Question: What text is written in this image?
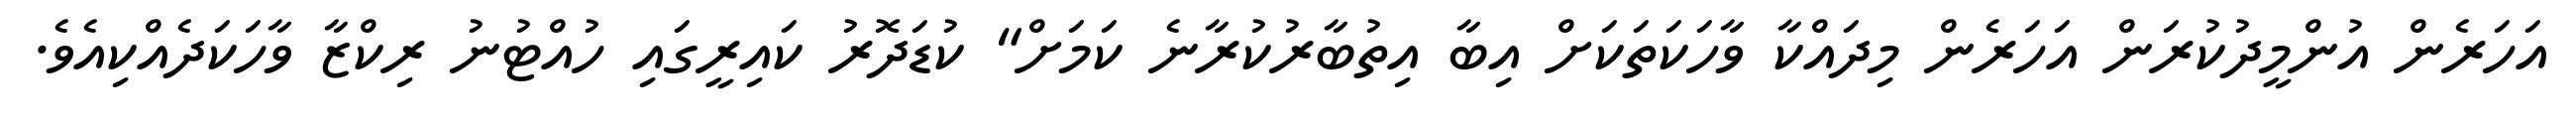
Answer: އަހަރެން އުންމީދުކުރަން އަހަރެން މިދައްކާ ވާހަކަތަކަށް އިބާ އިތުބާރުކުރާނެ ކަމަށް" ކުޑަދޮރު ކައިރީގައި ހުއްޓުނު ރިކްޒާ ވާހަކަދެއްކިއެވެ.